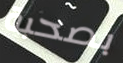
بصحبة